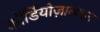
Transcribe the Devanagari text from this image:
कॉर्डियोज़ालाइन